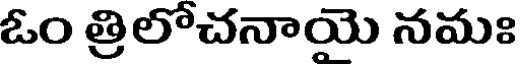
ఓం త్రిలోచనాయె నమః